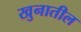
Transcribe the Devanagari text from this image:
खुनातील